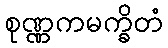
စုဏ္ဏကမက္ခိတံ